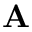
\mathbf { A }